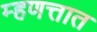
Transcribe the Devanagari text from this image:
म्हणत्तात